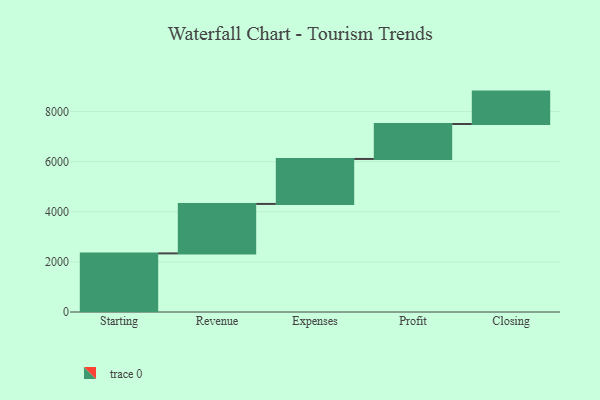
{"axis": {"x": "Step", "y": "Value"}, "legend": [""], "data": [{"x": "Starting", "y": 2340.0, "type": ""}, {"x": "Revenue", "y": 1975.0, "type": ""}, {"x": "Expenses", "y": 1796.0, "type": ""}, {"x": "Profit", "y": 1395.0, "type": ""}, {"x": "Closing", "y": 1294.0, "type": ""}]}